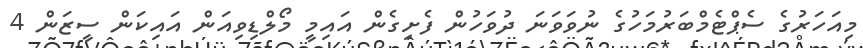
މިއަހަރުގެ ސެޕްޓެމްބަރުމަހުގެ ނުވަވަނަ ދުވަހުން ފެށިގެން އައިމީ މޯލްޑިވިއަން އައިކަން ސީޒަން 4